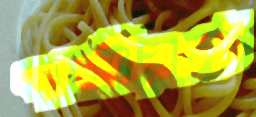
গাজীরচট